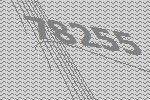
78255